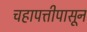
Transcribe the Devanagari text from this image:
चहापत्तीपासून